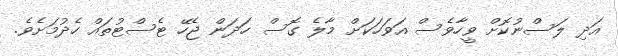
އަދި ލަސްނުކޮށް ވީހާވެސް އަވަހަކަށް މާލެ ގޮސް ހަދަން ޖެހޭ ޓެސްޓުތައް ހެދުމަށެވެ.